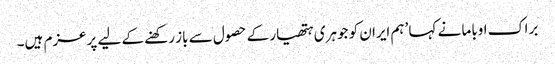
براک اوباما نے کہا ’ہم ایران کو جوہری ہتھیار کے حصول سے باز رکھنے کے لیے پرعزم ہیں۔